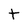
Character: t